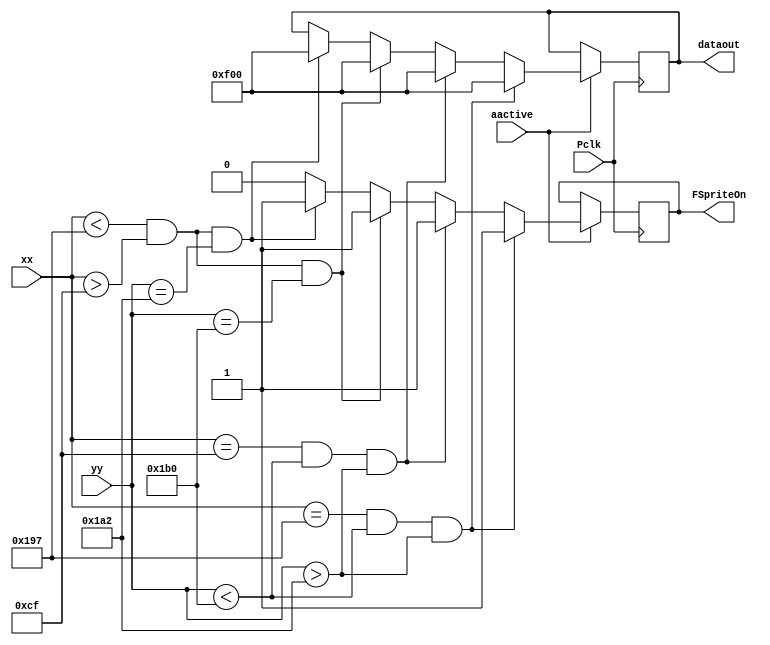
`timescale 1ns / 1ps
//////////////////////////////////////////////////////////////////////////////////
// Company: 
// Engineer: 
// 
// Design Name: 
// Module Name: HpFrameSprite
// Project Name: 
// Target Devices: 
// Tool Versions: 
// Description: 
// 
// Dependencies: 
// 
// Revision:
// Revision 0.01 - File Created
// Additional Comments:
// 
//////////////////////////////////////////////////////////////////////////////////


module HpFrameSprite(
    input wire [9:0] xx, // current x position
    input wire [9:0] yy, // current y position
    input wire aactive, // high during active pixel drawing
    output reg FSpriteOn, // 1=on, 0=off
    output wire [11:0] dataout, // pixel value
    input wire Pclk // 25MHz pixel clock
    );
	
	reg [11:0] rgb; 
	reg [11:0] cyan = 12'b000011111111;
	reg [11:0] magenta = 12'b111100001111;
	reg [11:0] yellow = 12'b111111110000;
	reg [11:0] white = 12'hFFF;
	reg [11:0] red = 12'hF00;
          
    // setup character positions and sizes
    reg [8:0] FrameX = 307;
    reg [8:0] FrameY = 425; 
    localparam FrameWidth = 100; 
    localparam FrameHeight = 7; 
    
    always @ (posedge Pclk)
    begin 
        if (aactive)
            begin 
                if (xx==FrameX+FrameWidth && yy<FrameY+FrameHeight && yy>FrameY-FrameHeight)
                    begin
                        rgb <= red;
                        FSpriteOn <=1;
                    end
                else
                if  (xx==FrameX-FrameWidth && yy<FrameY+FrameHeight && yy>FrameY-FrameHeight)
                    begin
                        rgb <= red;
                        FSpriteOn <=1;
                    end
                else
                if (xx<FrameX+FrameWidth && xx>FrameX-FrameWidth && yy==FrameY+FrameHeight)
                    begin
                        rgb <= red;
                        FSpriteOn <=1;
                    end
                else
                if (xx<FrameX+FrameWidth && xx>FrameX-FrameWidth && yy==FrameY-FrameHeight)
                    begin
                        rgb <= red;
                        FSpriteOn <=1;
                    end
                else
                    FSpriteOn <=0;
            end
    end
    
    assign dataout = rgb;
    
endmodule